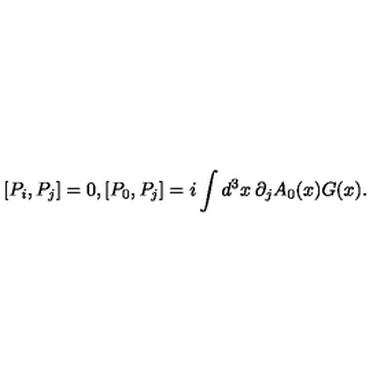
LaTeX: [ P _ { i } , P _ { j } ] = 0 , [ P _ { 0 } , P _ { j } ] = i \int d ^ { 3 } x \: \partial _ { j } A _ { 0 } ( x ) G ( x ) .